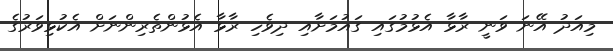
މިއަދު އޭނަ ވަނީ ރާޅާ އެޅުމުގައި ގައުމަށާއި ދިވެހި ރާޅާ އެޅުންތެރިންނަށް އެކުޅިވަރުގެ